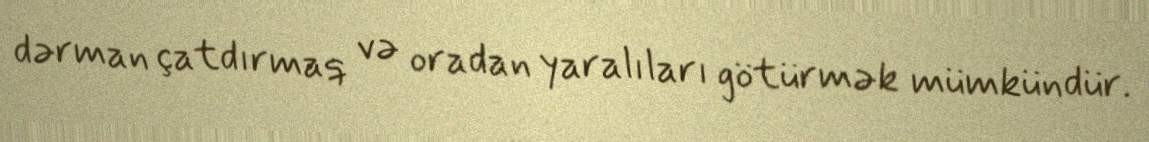
dərman çatdırmaq və oradan yaralıları götürmək mümkündür.